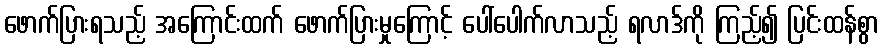
ဖောက်ပြားရသည့် အကြောင်းထက် ဖောက်ပြားမှုကြောင့် ပေါ်ပေါက်လာသည့် ရလာဒ်ကို ကြည့်၍ ပြင်းထန်စွာ